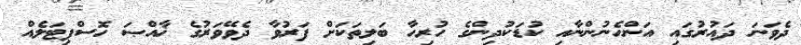
ދެވަނަ ދައުރުގައި އަންހެނުންނާއި ކުޑަކުދިންގެ ހުރިހާ ބަލިތަކަށް ފަރުވާ ދެވޭވަރުގެ ޚާއްޞަ ހޮސްޕިޓަލެއް